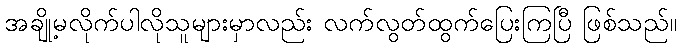
အချို့မလိုက်ပါလိုသူများမှာလည်း လက်လွတ်ထွက်ပြေးကြပြီ ဖြစ်သည်။